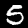
Digit: 5